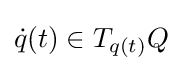
{\dot {q}}(t)\in T_{q(t)}Q